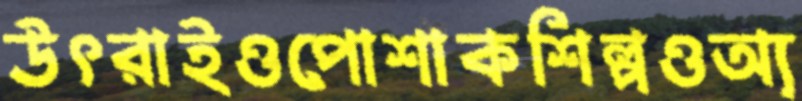
উৎরাইওপোশাকশিল্পওঅ্য